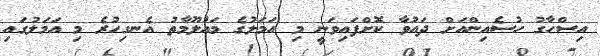
އިސްހާގު ހުސެއިންއަށް ދައުވާ ކޮށްފައިވަނީ މި އަމަލުގެ މައުލޫމާތު އެނގިހުރެ މި އަމަލުގައި